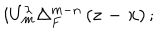
i U _ { m } ^ { \lambda } \Delta _ { F } ^ { m - n } \left( \mathbf { z - x } \right) ;